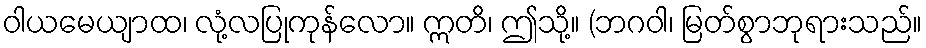
ဝါယမေယျာထ၊ လုံ့လပြုကုန်လော။ ဣတိ၊ ဤသို့။ (ဘဂဝါ၊ မြတ်စွာဘုရားသည်။